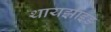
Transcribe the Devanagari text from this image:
थायझाइड